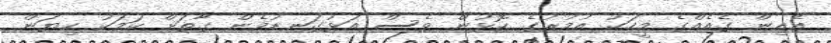
އެއިން ގެއެއްގެ މީހަކު އުމުރުގެ ކޮޅުން ވެސް އަޅުގަނޑުމެން ގާތަށް ކަމަކު ކިޔަން